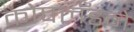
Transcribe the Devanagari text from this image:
कोपलँडने